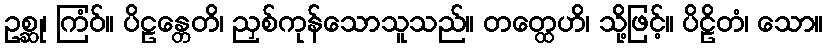
ဥစ္ဆု၊ ကြံဝ်။ ပိဠန္တေတိ၊ ညှစ်ကုန်သောသူသည်။ တတ္ထေဟိ၊ သို့ဖြင့်။ ပိဠိတံ၊ သော။